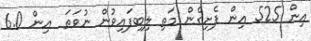
އިން 525 އިން ފެށިގެން މަތި ލިބިފައިވުން ނުވަތަ  އިން 6.0